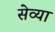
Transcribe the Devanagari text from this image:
सेव्या